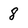
Character: 8